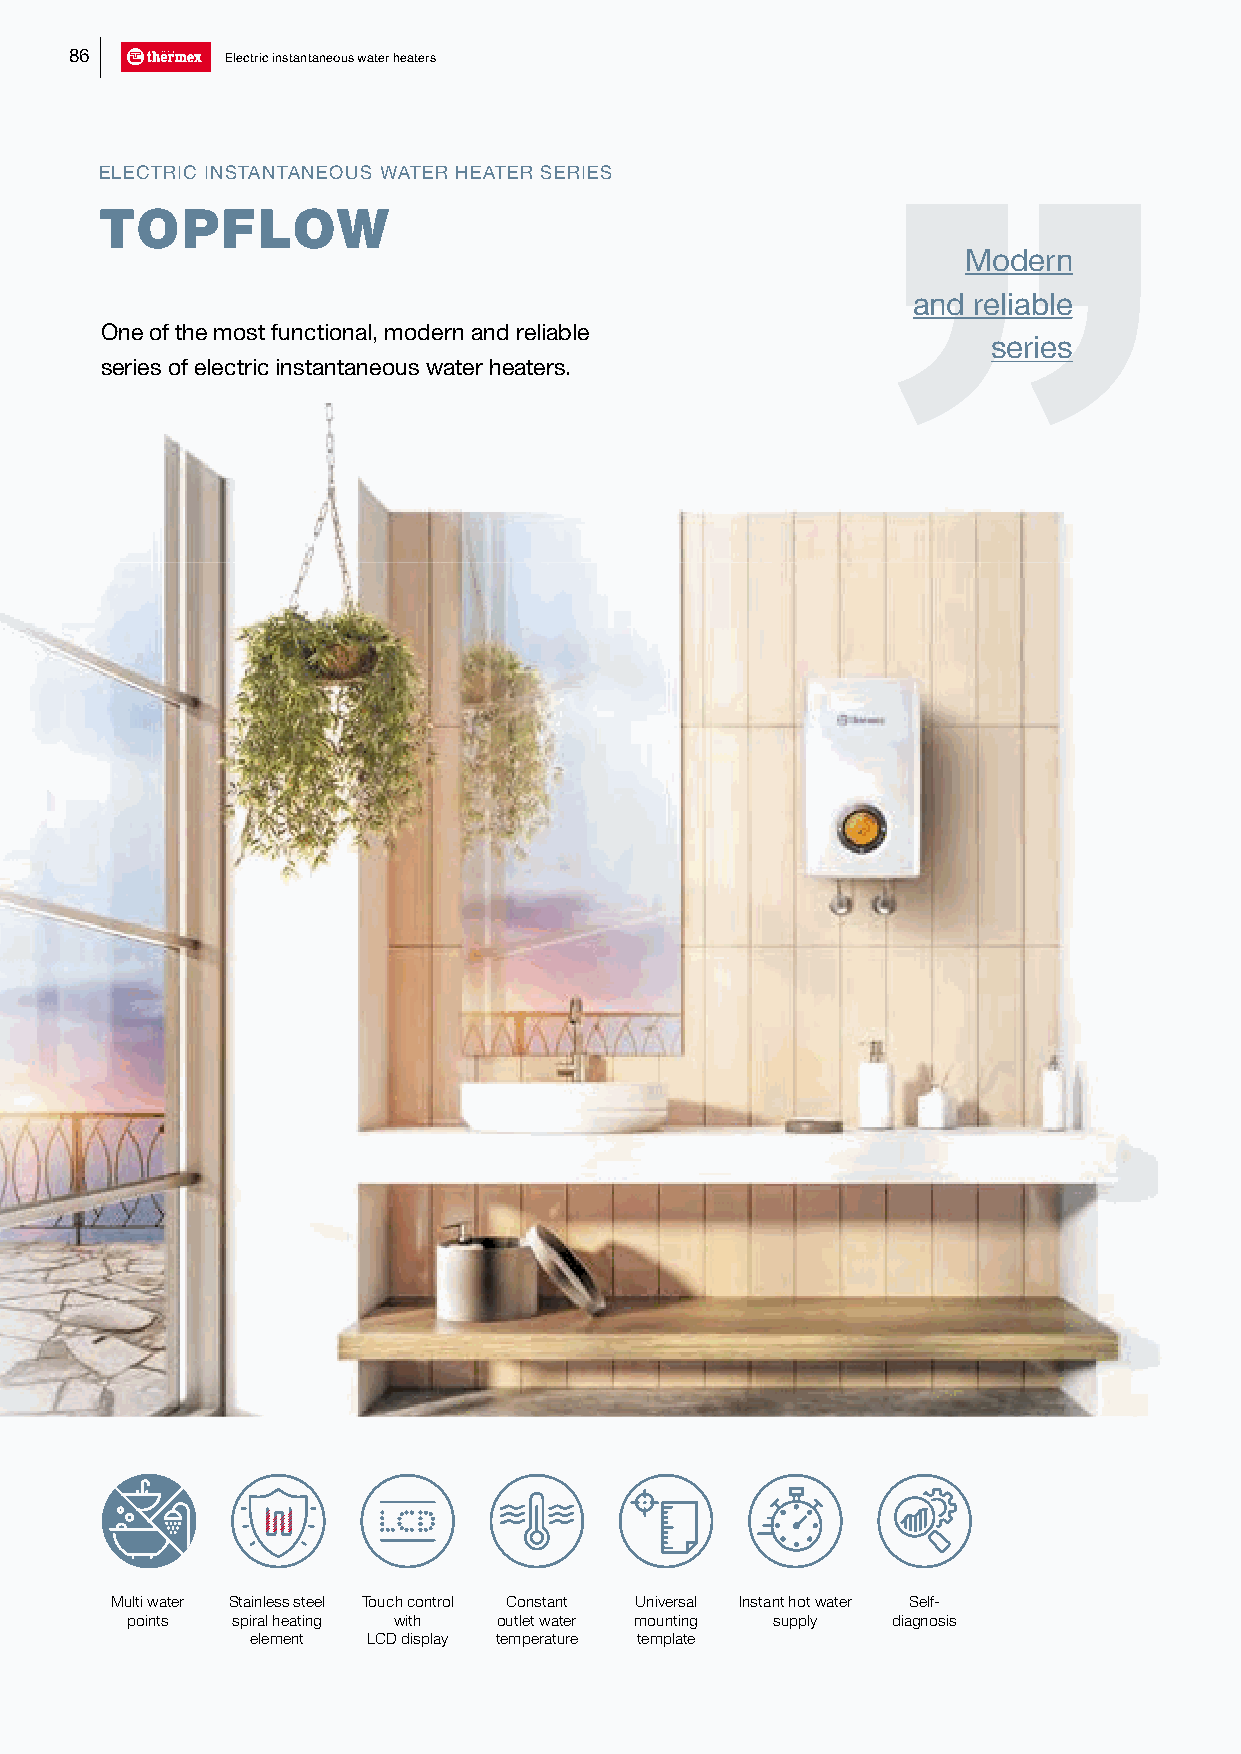
86        Electric instantaneous water heaters
 ELECTRIC INSTANTANEOUS WATER HEATER SERIES
 TOPFLOW
 Modern
 and reliable
 One of the most functional, modern and reliable
 series
 series of electric instantaneous water heaters.
 Multi water Stainless steel Touch control Constant Universal Instant hot water Self-
 points spiral heating with outlet water mounting supply diagnosis
 element LCD display temperature template